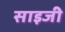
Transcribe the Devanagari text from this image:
साइजी